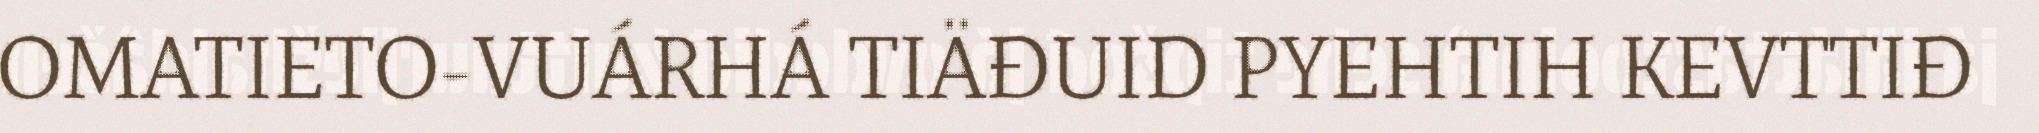
OMATIETO-VUÁRHÁ TIÄĐUID PYEHTIH KEVTTIĐ